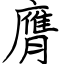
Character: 膺